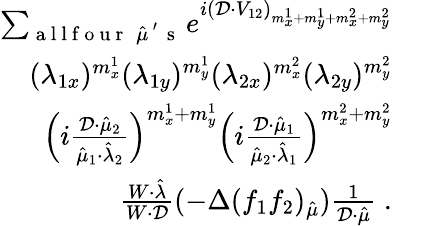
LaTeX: \begin{array}{rl}{\sum_{\mathrm{~a~l~l~f~o~u~r~}\; \hat{\mu}^{\mathrm{~'~}}\mathrm{~s~}}e^{i(\mathcal{D}\cdot V_{12})_{m_{x}^{1}+m_{y}^{1}+m_{x}^{2}+m_{y}^{2}}}}&{{}}\\ {(\lambda_{1x})^{m_{x}^{1}}(\lambda_{1y})^{m_{y}^{1}}(\lambda_{2x})^{m_{x}^{2}}(\lambda_{2y})^{m_{y}^{2}}}&{{}}\\ {\left(i\frac{\mathcal{D}\cdot\hat{\mu}_{2}}{\hat{\mu}_{1}\cdot\hat{\lambda}_{2}}\right)^{m_{x}^{1}+m_{y}^{1}}\left(i\frac{\mathcal{D}\cdot\hat{\mu}_{1}}{\hat{\mu}_{2}\cdot\hat{\lambda}_{1}}\right)^{m_{x}^{2}+m_{y}^{2}}}&{{}}\\ {\frac{W\cdot\hat{\lambda}}{W\cdot\mathcal{D}}(-\Delta(f_{1}f_{2})_{\hat{\mu}})\frac{1}{\mathcal{D}\cdot\hat{\mu}}\; .}\end{array}